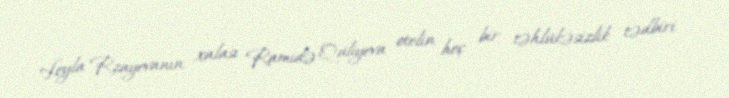
Leyla Rzayevanın xalası Ramidə Quliyeva otelin heç bir təhlükəsizlik tədbiri